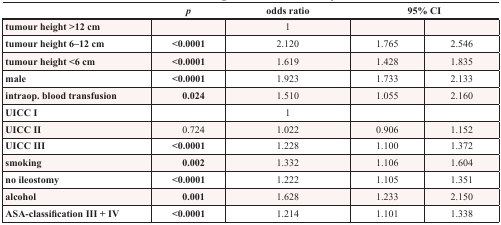
|  | p | odds ratio | <COLSPAN=2> 95% CI |
 | --- | --- | --- | --- | --- |
 | tumour height >12 cm |  | 1 |  |  |
 | tumour height 6–12 cm | <0.0001 | 2.120 | 1.765 | 2.546 |
 | tumour height <6 cm | <0.0001 | 1.619 | 1.428 | 1.835 |
 | male | <0.0001 | 1.923 | 1.733 | 2.133 |
 | intraop. blood transfusion | 0.024 | 1.510 | 1.055 | 2.160 |
 | UICC I |  | 1 |  |  |
 | UICC II | 0.724 | 1.022 | 0.906 | 1.152 |
 | UICC III | <0.0001 | 1.228 | 1.100 | 1.372 |
 | smoking | 0.002 | 1.332 | 1.106 | 1.604 |
 | no ileostomy | <0.0001 | 1.222 | 1.105 | 1.351 |
 | alcohol | 0.001 | 1.628 | 1.233 | 2.150 |
 | ASA-classification III + IV | <0.0001 | 1.214 | 1.101 | 1.338 |